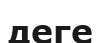
деге